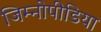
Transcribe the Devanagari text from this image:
जिम्नोपीडिया